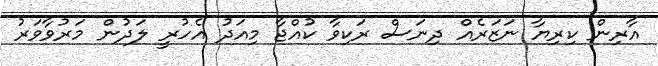
އާރިން ކިރިޔާ ނަޒަރެއް ދިނަސް ރަކިވާ ކުއްޖާ މިއަދު އެހުރީ ލަދުން މަރުވާވަރު